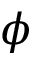
\phi